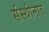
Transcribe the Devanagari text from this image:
संस्थांनात